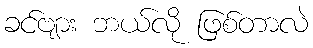
ခင်ဗျား ဘယ်လို ဖြစ်တာလဲ